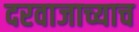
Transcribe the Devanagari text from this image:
दरवाजाच्याच